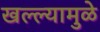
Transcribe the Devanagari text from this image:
खल्ल्यामुळे